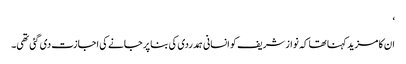
‘
ان کا مزید کہنا تھا کہ نواز شریف کو انسانی ہمدردی کی بنا پر جانے کی اجازت دی گئی تھی۔